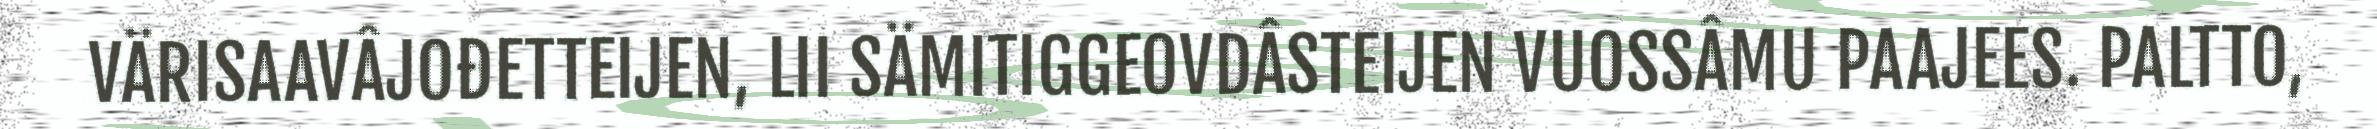
VÄRISAAVÂJOĐETTEIJEN, LII SÄMITIGGEOVDÂSTEIJEN VUOSSÂMU PAAJEES. PALTTO,